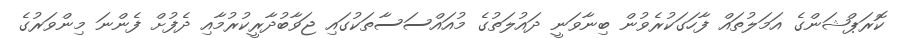
ކޮރަޕްޝަންގެ އަމަލުތައް ފާހަގަކުރެވުން ބިނާވަނީ ދައުލަތުގެ މުއައްސަސާތަކުގައި ޖަވާބުދާރީކުރުމާއި ދެފުށް ފެންނަ މިންވަރުގެ